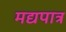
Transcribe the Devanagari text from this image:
मद्यपात्र